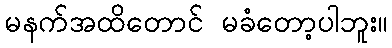
မနက်အထိတောင် မခံတော့ပါဘူး။